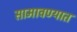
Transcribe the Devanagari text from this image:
सामावण्यात